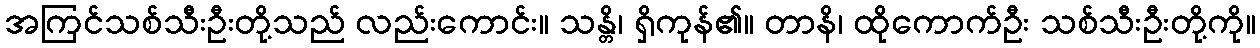
အကြင်သစ်သီးဦးတို့သည် လည်းကောင်း။ သန္တိ၊ ရှိကုန်၏။ တာနိ၊ ထိုကောက်ဦး သစ်သီးဦးတို့ကို။